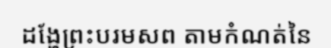
ដង្ហែព្រះបរមសព តាមកំណត់នៃ